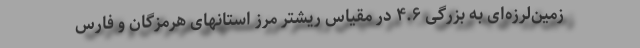
زمین‌لرزه‌ای به بزرگی ۴.۶ در مقیاس ریشتر مرز استانهای هرمزگان و فارس